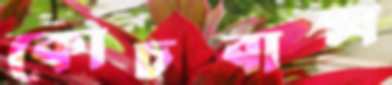
কোচবাক্স